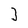
Character: 3